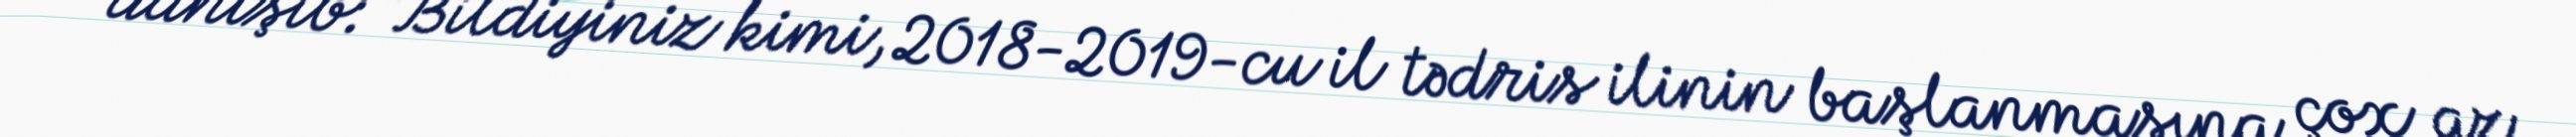
danışıb: “Bildiyiniz kimi, 2018-2019-cu il tədris ilinin başlanmasına çox az